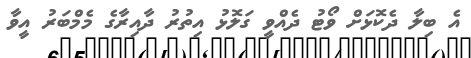
އެ ބިލާ ދެކޮޅަށް ވޯޓު ދެއްވީ ގަލޮޅު އިތުރު ދާއިރާގެ މެމްބަރު އީވާ